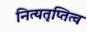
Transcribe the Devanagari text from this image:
नित्यतृप्तित्व